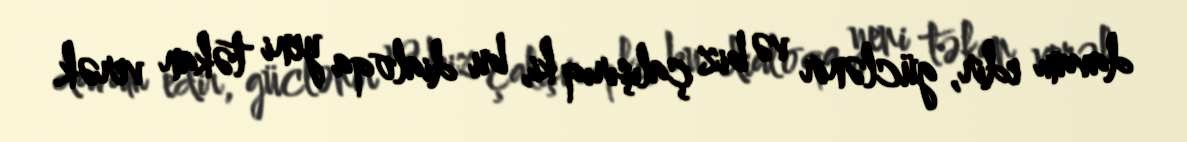
davam edir, güclənir və biz çalışırıq ki, bu dialoqa yeni təkan verək.